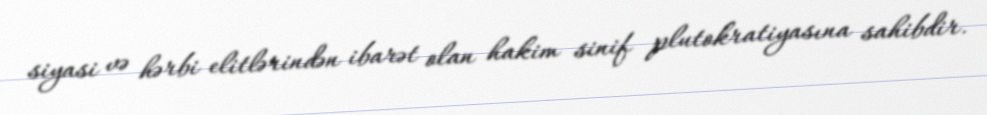
siyasi və hərbi elitlərindən ibarət olan hakim sinif plutokratiyasına sahibdir.